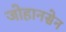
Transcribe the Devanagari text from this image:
जोहानसेन